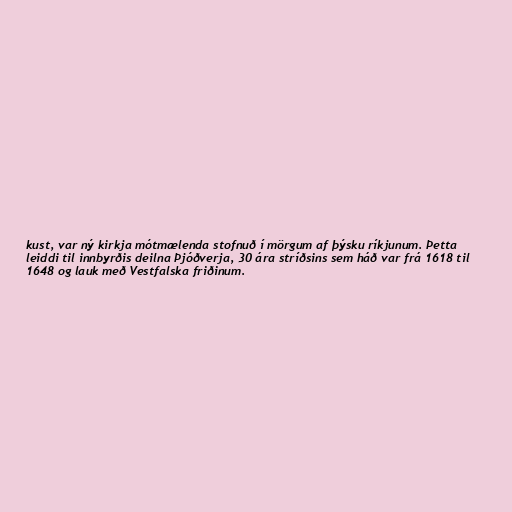
kust, var ný kirkja mótmælenda stofnuð í mörgum af þýsku ríkjunum. Þetta
leiddi til innbyrðis deilna Þjóðverja, 30 ára stríðsins sem háð var frá 1618 til
1648 og lauk með Vestfalska friðinum.